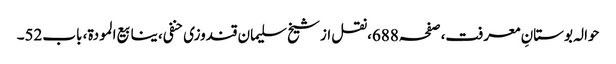
حوالہ بوستانِ معرفت،صفحہ688،نقل از شیخ سلیمان قندوزی حنفی، ینابیع المودة، باب52۔